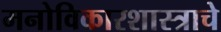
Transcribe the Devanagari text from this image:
मनोविकारशास्त्राचे